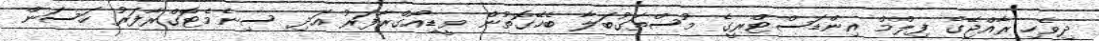
ދިވެހި ރާއްޖޭގެ ފިލްމް އިންޑަސްޓްރީގެ މުސްތަގުބަލާ ބެހޭގޮތުން ވީޑިއޯގްރާފަރު އަދި ސިނެމެޓޮގްރާފަރު ހަސަން